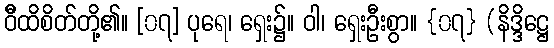
ဝီိထိစိတ်တို့၏။ [၀၇] ပုရေ၊ ရှေး၌။ ဝါ၊ ရှေးဦးစွာ။ {၀၇} (နိဒ္ဒိဋ္ဌေ